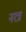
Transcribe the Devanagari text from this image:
नरत्र